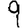
Digit: 9